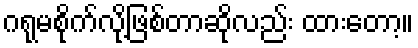
ဂရုမစိုက်လို့ဖြစ်တာဆိုလည်း ထားတော့။